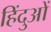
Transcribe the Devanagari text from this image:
हिंदुआें